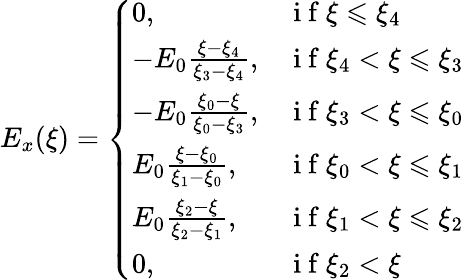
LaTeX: \begin{array}{r}{E_{x}(\xi)=\left\{ \begin{array}{ll}{0,}&{\mathrm{~i~f~}\xi\leqslant\xi_{4}}\\ {-E_{0}\frac{\xi-\xi_{4}}{\xi_{3}-\xi_{4}},}&{\mathrm{~i~f~}\xi_{4}<\xi\leqslant\xi_{3}}\\ {-E_{0}\frac{\xi_{0}-\xi}{\xi_{0}-\xi_{3}},}&{\mathrm{~i~f~}\xi_{3}<\xi\leqslant\xi_{0}}\\ {E_{0}\frac{\xi-\xi_{0}}{\xi_{1}-\xi_{0}},}&{\mathrm{~i~f~}\xi_{0}<\xi\leqslant\xi_{1}}\\ {E_{0}\frac{\xi_{2}-\xi}{\xi_{2}-\xi_{1}},}&{\mathrm{~i~f~}\xi_{1}<\xi\leqslant\xi_{2}}\\ {0,}&{\mathrm{~i~f~}\xi_{2}<\xi}\end{array}\right.}\end{array}